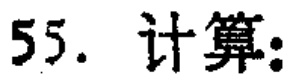
55. 计算：